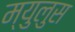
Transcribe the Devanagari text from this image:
म्युलुस